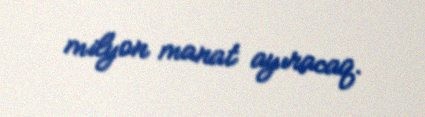
milyon manat ayıracaq.